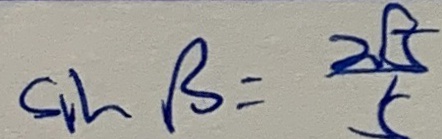
\sin \beta = \frac { 2 \sqrt { 5 } } { 5 }